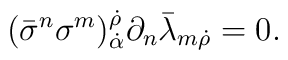
(\bar{\sigma}^{n}\sigma^{m})^{\dot{\rho}}_{\dot{\alpha}}\partial_{n}\bar{\lambda}_{m \dot{\rho}} = 0 .